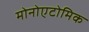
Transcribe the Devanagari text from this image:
मोनोएटोमिक